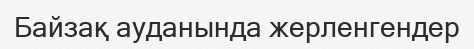
Байзақ ауданында жерленгендер